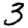
Digit: 3